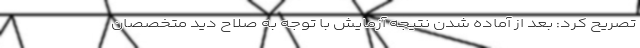
تصریح کرد: بعد از آماده شدن نتیجه آزمایش با توجه به صلاح دید متخصصان